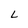
Character: L